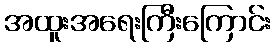
အထူးအရေးကြီးကြောင်း